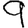
Digit: 9